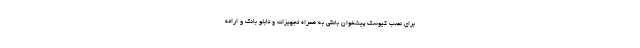
برای نصب کیوسک پیشخوان بانکی به همراه تجهیزات و تابلو بانک و ارائه